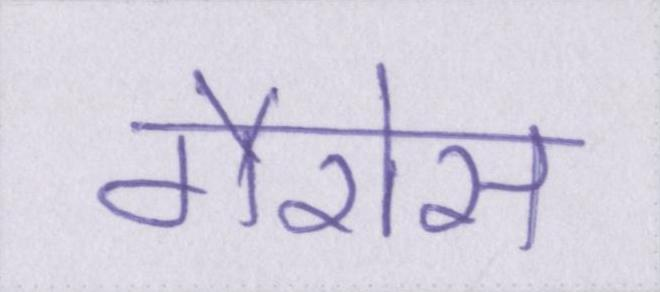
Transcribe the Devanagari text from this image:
गैरोस